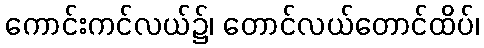
ကောင်းကင်လယ်၌၊ တောင်လယ်တောင်ထိပ်၊